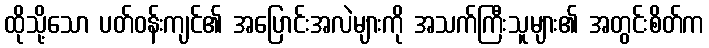
ထိုသို့သော ပတ်ဝန်းကျင်၏ အပြောင်းအလဲများကို အသက်ကြီးသူများ၏ အတွင်းစိတ်က